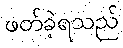
ဖတ်ခဲ့ရသည်